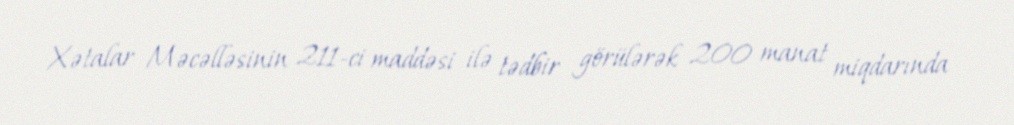
Xətalar Məcəlləsinin 211-ci maddəsi ilə tədbir görülərək 200 manat miqdarında